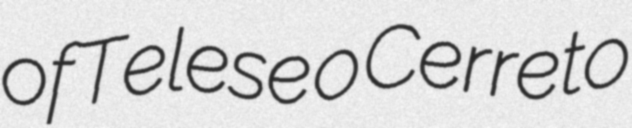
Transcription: of Telese o Cerreto